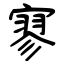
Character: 寥